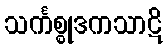
သင်္ကစ္စုဒကသာဋိ